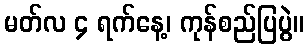
မတ်လ ၄ ရက်နေ့၊ ကုန်စည်ပြပွဲ။